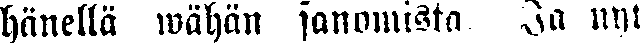
hänellä wähän sanomista. Ja nyt